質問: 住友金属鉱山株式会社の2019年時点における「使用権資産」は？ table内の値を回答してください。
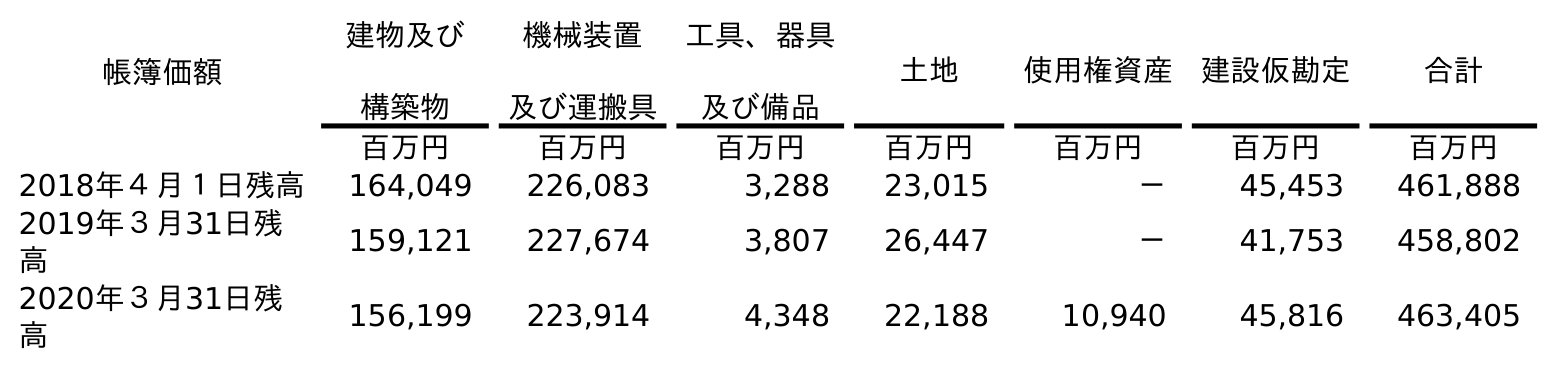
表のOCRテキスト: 帳簿価額 建物及び 構築物 機械装置 及び運搬具 工具、器具 及び備品 土地 使用権資産 建設仮勘定 合計 百万円 百万円 百万円 百万円 百万円 百万円 百万円 2018年４月１日残高 164,049 226,083 3,288 23,015 － 45,453 461,888 2019年３月31日残 高 159,121 227,674 3,807 26,447 － 41,753 458,802 2020年３月31日残 高 156,199 223,914 4,348 22,188 10,940 45,816 463,405
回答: －